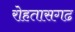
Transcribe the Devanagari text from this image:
रोहतासगढ